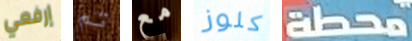
إرفعي تم مع كلوز محطة